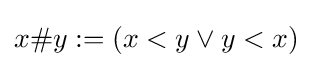
x\#y:=(x<y\lor y<x)